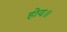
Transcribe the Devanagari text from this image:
होय॥